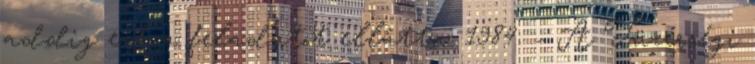
addig ezt a feladatot ellátta. 1984. – A Tüzérségi